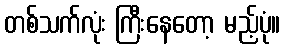
တစ်သက်လုံး ကြီးနေတော့ မည့်ပုံ။